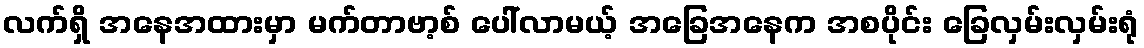
လက်ရှိ အနေအထားမှာ မက်တာဗာ့စ် ပေါ်လာမယ့် အခြေအနေက အစပိုင်း ခြေလှမ်းလှမ်းရုံ